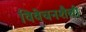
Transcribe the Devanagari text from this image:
विवेचनशैली